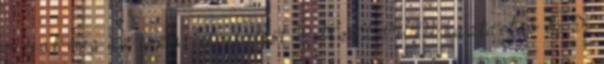
várjuk meg az eszméletvesztést 19 KÁLIUM háztartás Se K